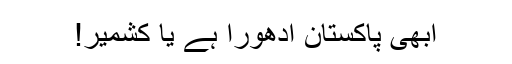
ابھی پاکستان ادھورا ہے یا کشمیر!